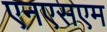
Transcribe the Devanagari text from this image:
एनएसएम